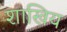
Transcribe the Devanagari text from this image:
शाखिय